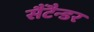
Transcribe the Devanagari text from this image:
सैंटैन्डर